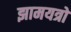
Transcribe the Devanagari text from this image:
झामयत्रों